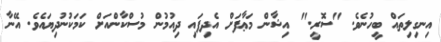
އިނގިލިތައް ބީހުނެވެ. "ސޮރީ." އިޝާން މަޢާފަށް އެދިފައި ދިއުމުން މުސްކާންއަށް ކަމަކުނުދިޔައެވެ. އޭނާ